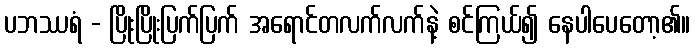
ပဘဿရံ - ပြိုးပြိုးပြက်ပြက် အရောင်တလက်လက်နဲ့ စင်ကြယ်၍ နေပါပေတော့၏။